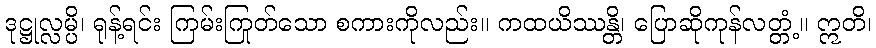
ဒုဋ္ဌုလ္လမ္ပိ၊ ရုန့်ရင်း ကြမ်းကြုတ်သော စကားကိုလည်း။ ကထယိဿန္တိ၊ ပြောဆိုကုန်လတ္တံ့။ ဣတိ၊